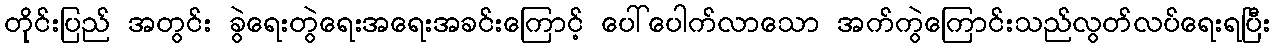
တိုင်းပြည် အတွင်း ခွဲရေးတွဲရေးအရေးအခင်းကြောင့် ပေါ်ပေါက်လာသော အက်ကွဲကြောင်းသည်လွတ်လပ်ရေးရပြီး